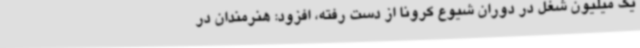
یک میلیون شغل در دوران شیوع کرونا از دست رفته، افزود: هنرمندان در